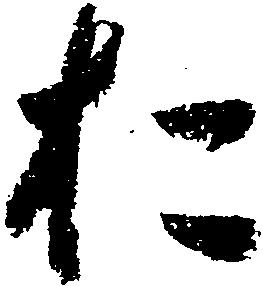
お